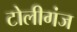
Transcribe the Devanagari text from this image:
टोलीगंज